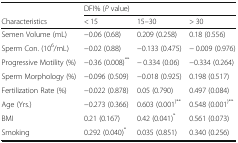
|  | <COLSPAN=3> DFI% (P value) |
 | Characteristics | < 15 | 15–30 | > 30 |
 | --- | --- | --- | --- |
 | Semen Volume (mL) | −0.06 (0.68) | 0.209 (0.258) | 0.18 (0.556) |
 | Sperm Con. (106/mL) | −0.02 (0.88) | −0.133 (0.475) | − 0.009 (0.976) |
 | Progressive Motility (%) | −0.36 (0.008)** | − 0.334 (0.06) | −0.334 (0.264) |
 | Sperm Morphology (%) | −0.096 (0.509) | −0.018 (0.925) | 0.198 (0.517) |
 | Fertilization Rate (%) | −0.022 (0.878) | 0.05 (0.790) | 0.497 (0.084) |
 | Age (Yrs.) | −0.273 (0.366) | 0.603 (0.001)** | 0.548 (0.001)** |
 | BMI | 0.21 (0.167) | 0.42 (0.041)* | 0.561 (0.073) |
 | Smoking | 0.292 (0.040)* | 0.035 (0.851) | 0.340 (0.256) |